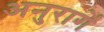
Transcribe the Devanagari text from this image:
अनुरागें